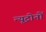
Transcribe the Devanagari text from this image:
न्यूट्रोनों